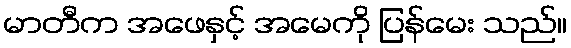
မာတီက အဖေနှင့် အမေကို ပြန်မေး သည်။